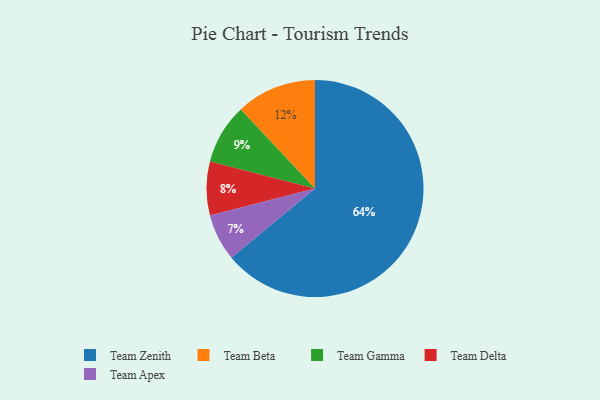
{"axis": {"x": "Category", "y": "Percentage"}, "legend": ["Team Apex", "Team Beta", "Team Delta", "Team Gamma", "Team Zenith"], "data": [{"x": "Team Apex", "y": 7, "type": "Team Apex"}, {"x": "Team Beta", "y": 12, "type": "Team Beta"}, {"x": "Team Delta", "y": 8, "type": "Team Delta"}, {"x": "Team Zenith", "y": 64, "type": "Team Zenith"}, {"x": "Team Gamma", "y": 9, "type": "Team Gamma"}]}